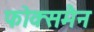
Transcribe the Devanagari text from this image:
फोक्समैन